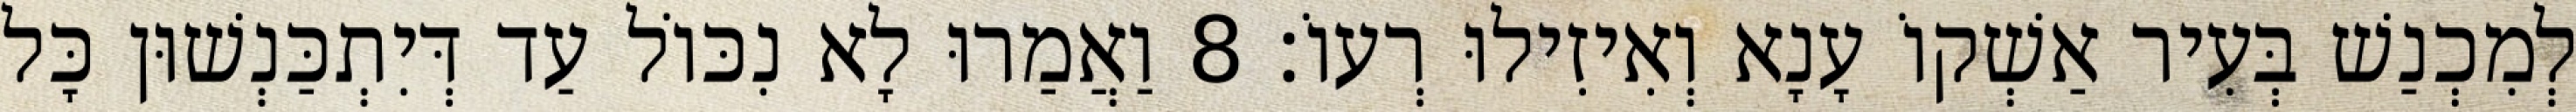
לְמִכְנַשׁ בְּעִיר אַשְׁקוֹ עָנָא וְאִיזִילוּ רְעוֹ׃ 8 וַאֲמַרוּ לָא נִכּוֹל עַד דְּיִתְכַּנְשׁוּן כָּל